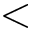
<